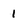
Character: 1